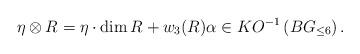
LaTeX: \begin{align*}\eta\otimes R= \eta\cdot \dim R + w_3(R)\alpha \in KO^{-1}\left(BG_{\le 6}\right).\end{align*}